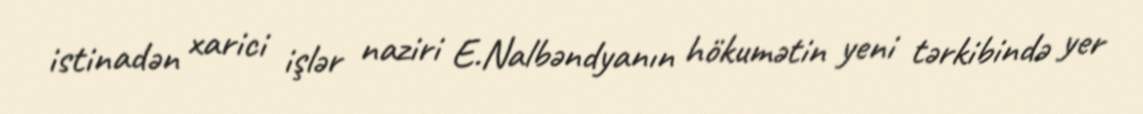
istinadən xarici işlər naziri E.Nalbəndyanın hökumətin yeni tərkibində yer